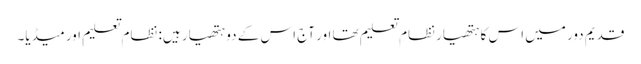
قدیم دور میں اس کا ہتھیار نظامِ تعلیم تھا اور آج اس کے دو ہتھیار ہیں: نظامِ تعلیم اور میڈیا۔